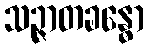
သဉ္ဇာတခန္ဓော